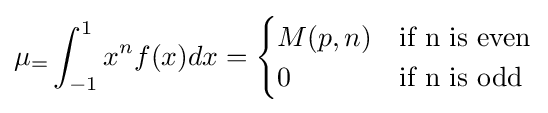
\mu _{=}\int _{-1}^{1}x^{n}f(x)dx={\begin{cases}M(p,n)&{\text{if n is even}}\\0&{\text{if n is odd}}\end{cases}}